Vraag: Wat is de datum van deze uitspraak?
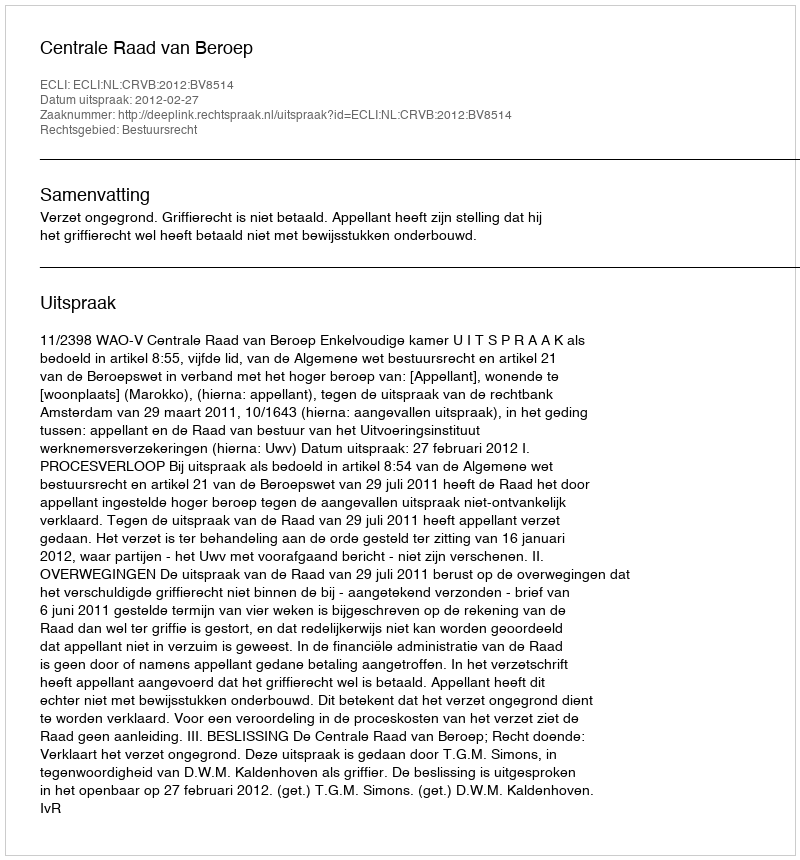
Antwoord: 2012-02-27